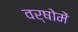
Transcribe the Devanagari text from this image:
वर्षोमें